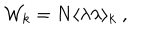
{ \cal W } _ { k } = N \langle \lambda \lambda \rangle _ { k } ~ ,